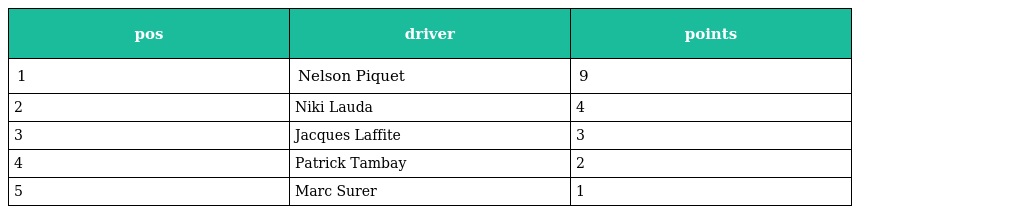
| pos | driver | points |
 | --- | --- | --- |
 | 1 | Nelson Piquet | 9 |
 | 2 | Niki Lauda | 4 |
 | 3 | Jacques Laffite | 3 |
 | 4 | Patrick Tambay | 2 |
 | 5 | Marc Surer | 1 |